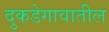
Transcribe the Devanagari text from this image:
दुकडेगावातील